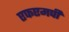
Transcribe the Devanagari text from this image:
एफएमपी